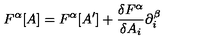
F ^ { \alpha } [ A ] = F ^ { \alpha } [ A ^ { \prime } ] + \frac { \delta F ^ { \alpha } } { \delta A _ { i } } \partial _ { i } ^ { \beta }